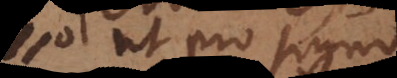
II ut pro signo